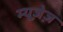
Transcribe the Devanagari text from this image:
म्यूज़ेज़